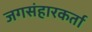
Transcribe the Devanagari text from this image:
जगसंहारकर्ता